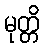
မုတ္တိ